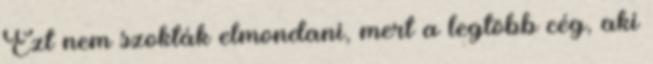
Ezt nem szokták elmondani, mert a legtöbb cég, aki